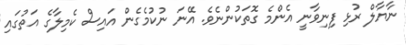
ނާޔާލް ރުޅި ފިނިވާނީ އެންމެ ގޮތަކުންނެވެ. އޭނަ ނުކުމެގެން އައިސް ކެމިލާގެ އަތުގައި